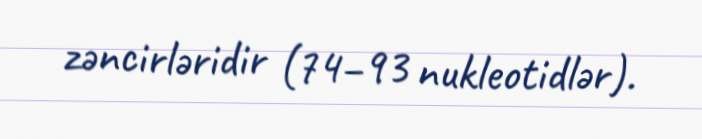
zəncirləridir (74–93 nukleotidlər).